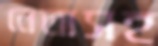
নেতাসহ